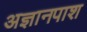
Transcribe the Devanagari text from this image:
अज्ञानपाश